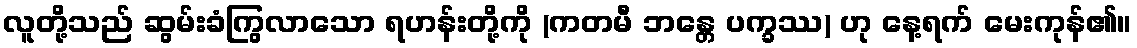
လူတို့သည် ဆွမ်းခံကြွလာသော ရဟန်းတို့ကို (ကတမီ ဘန္တေ ပက္ခဿ) ဟု နေ့ရက် မေးကုန်၏။